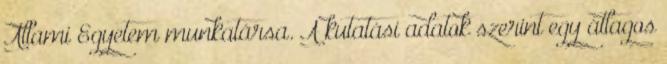
Állami Egyetem munkatársa. A kutatási adatok szerint egy átlagos